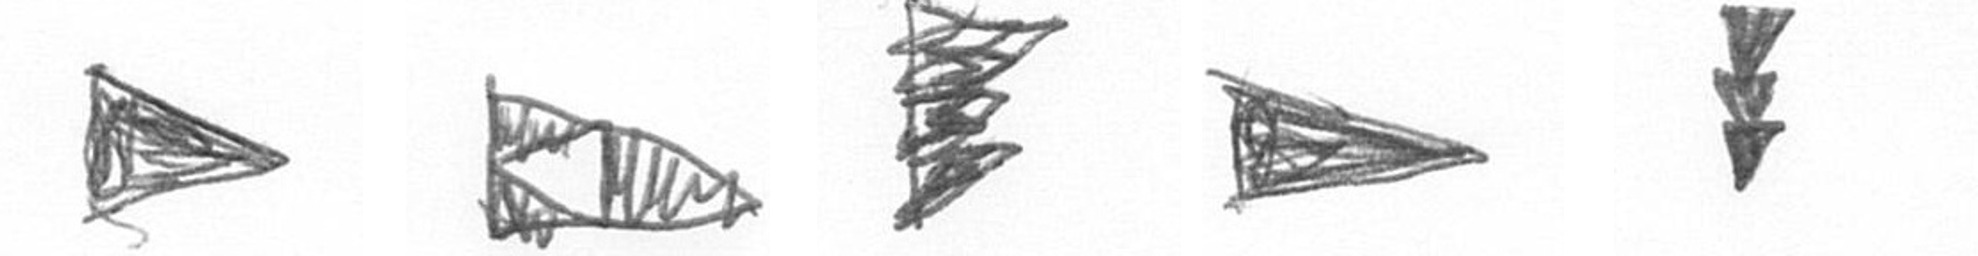
T K H T E